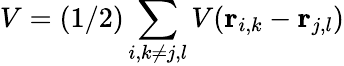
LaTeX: V=(1/2)\sum_{i,k\neq j,l}V({\mathbf r}_{i,k}-{\mathbf r}_{j,l})